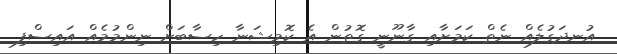
އުނދަގުލެއް ނެތް ކަމަށާއި ގާނޫނީ ގޮތުން އެ ކޮމިޝަނާ ހިސާބަށް ނިންމުމެއް އައިސްފި